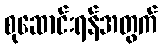
စုဆောင်းရန်အတွက်